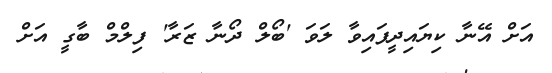
އަށް އޭނާ ކިޔައިދީފައިވާ ލަވަ 'ބޯލް ދޯނާ ޒަރާ' ފިލްމް ބާގީ އަށް